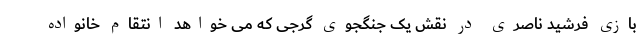
بازی فرشید ناصری در نقش یک جنگجوی گرجی که می خواهد انتقام خانواده